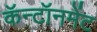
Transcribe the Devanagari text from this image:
कॅन्टॉनमेंट